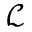
\mathcal { L }